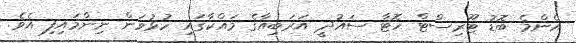
އެންމެ ބޮޑު ޓޫރިސްޓް ހޮޓާ ސައުދީ އަރަބިއާގެ މައްކާގައި ހުޅުވަން ނިންމައިފި އެވެ.